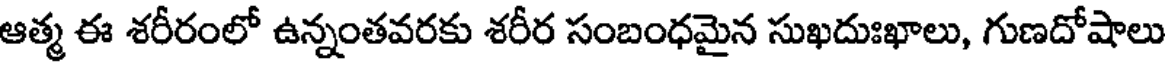
ఆత్మ ఈ శరీరంలో ఉన్నంతవరకు శరీర సంబంధమైన సుఖదుఃఖాలు, గుణదోషాలు